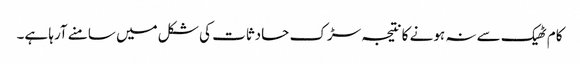
کام ٹھیک سے نہ ہونے کا نتیجہ سڑک حادثات کی شکل میں سامنے آرہا ہے۔